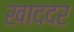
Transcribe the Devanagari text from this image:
खाददर